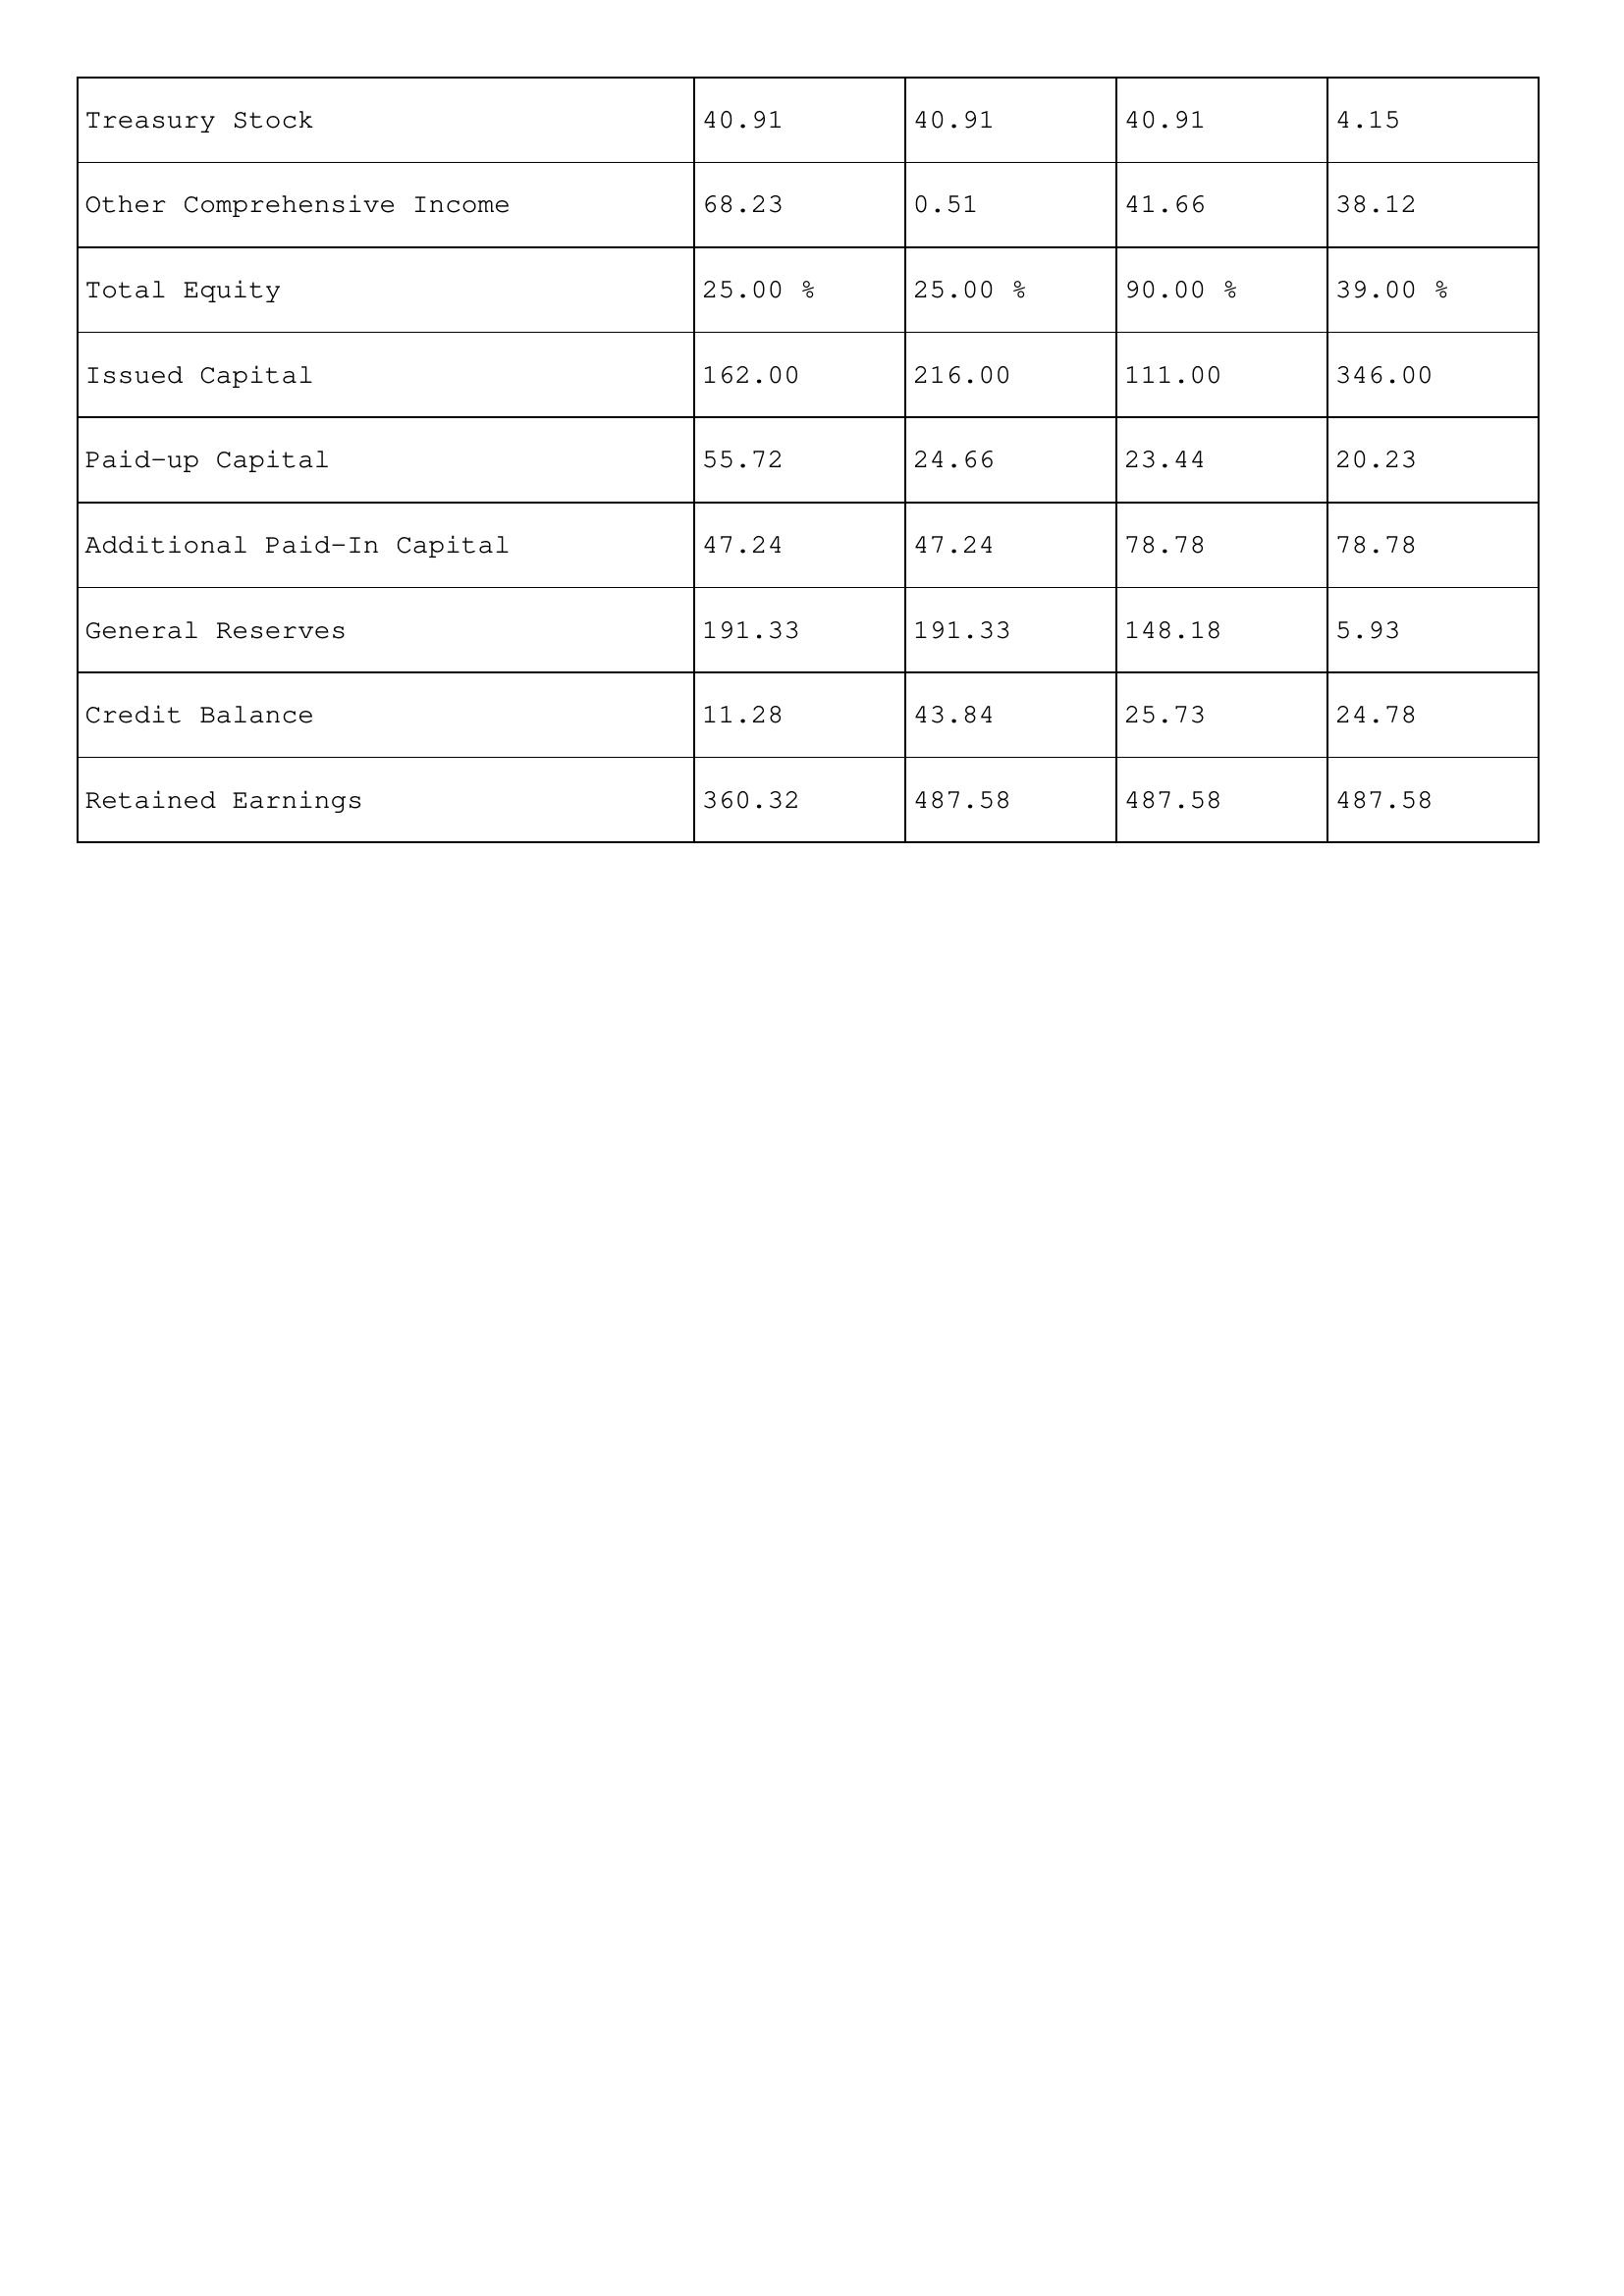
gt_parse: 2006: Treasury Stock: 40.91
Other Comprehensive Income: 68.23
Total Equity: 25.00 %
Issued Capital: 162.00
Paid-up Capital: 55.72
Additional Paid-In Capital: 47.24
General Reserves: 191.33
Credit Balance: 11.28
Retained Earnings: 360.32
2005: Treasury Stock: 40.91
Other Comprehensive Income: 0.51
Total Equity: 25.00 %
Issued Capital: 216.00
Paid-up Capital: 24.66
Additional Paid-In Capital: 47.24
General Reserves: 191.33
Credit Balance: 43.84
Retained Earnings: 487.58
2004: Treasury Stock: 40.91
Other Comprehensive Income: 41.66
Total Equity: 90.00 %
Issued Capital: 111.00
Paid-up Capital: 23.44
Additional Paid-In Capital: 78.78
General Reserves: 148.18
Credit Balance: 25.73
Retained Earnings: 487.58
2003: Treasury Stock: 4.15
Other Comprehensive Income: 38.12
Total Equity: 39.00 %
Issued Capital: 346.00
Paid-up Capital: 20.23
Additional Paid-In Capital: 78.78
General Reserves: 5.93
Credit Balance: 24.78
Retained Earnings: 487.58